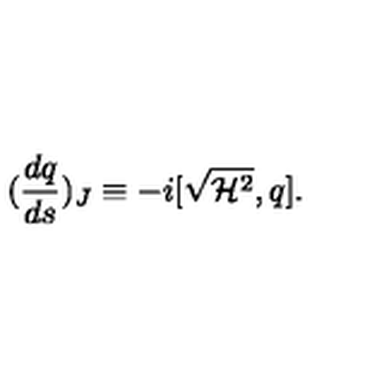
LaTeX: ( \frac { d q } { d s } ) _ { J } \equiv - i [ \sqrt { { \cal H } ^ { 2 } } , q ] .